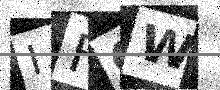
Text: IFGW